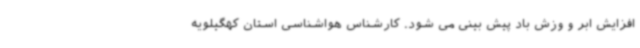
افزایش ابر و وزش باد پیش بینی می شود. کارشناس هواشناسی استان کهگیلویه